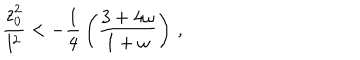
{ \frac { z _ { 0 } ^ { 2 } } { l ^ { 2 } } } < - { \frac { 1 } { 4 } } \left( { \frac { 3 + 4 \omega } { 1 + \omega } } \right) \, ,